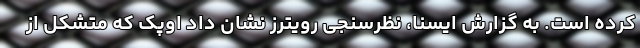
کرده است. به گزارش ایسنا، نظرسنجی رویترز نشان داد اوپک که متشکل از